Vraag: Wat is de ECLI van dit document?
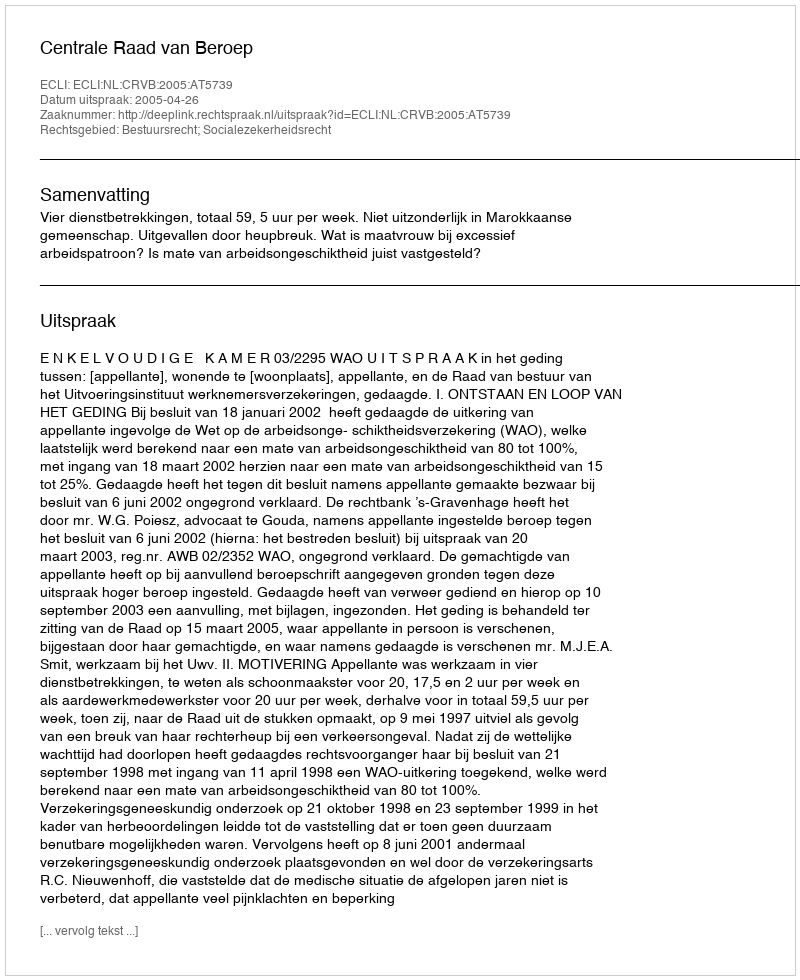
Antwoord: ECLI:NL:CRVB:2005:AT5739